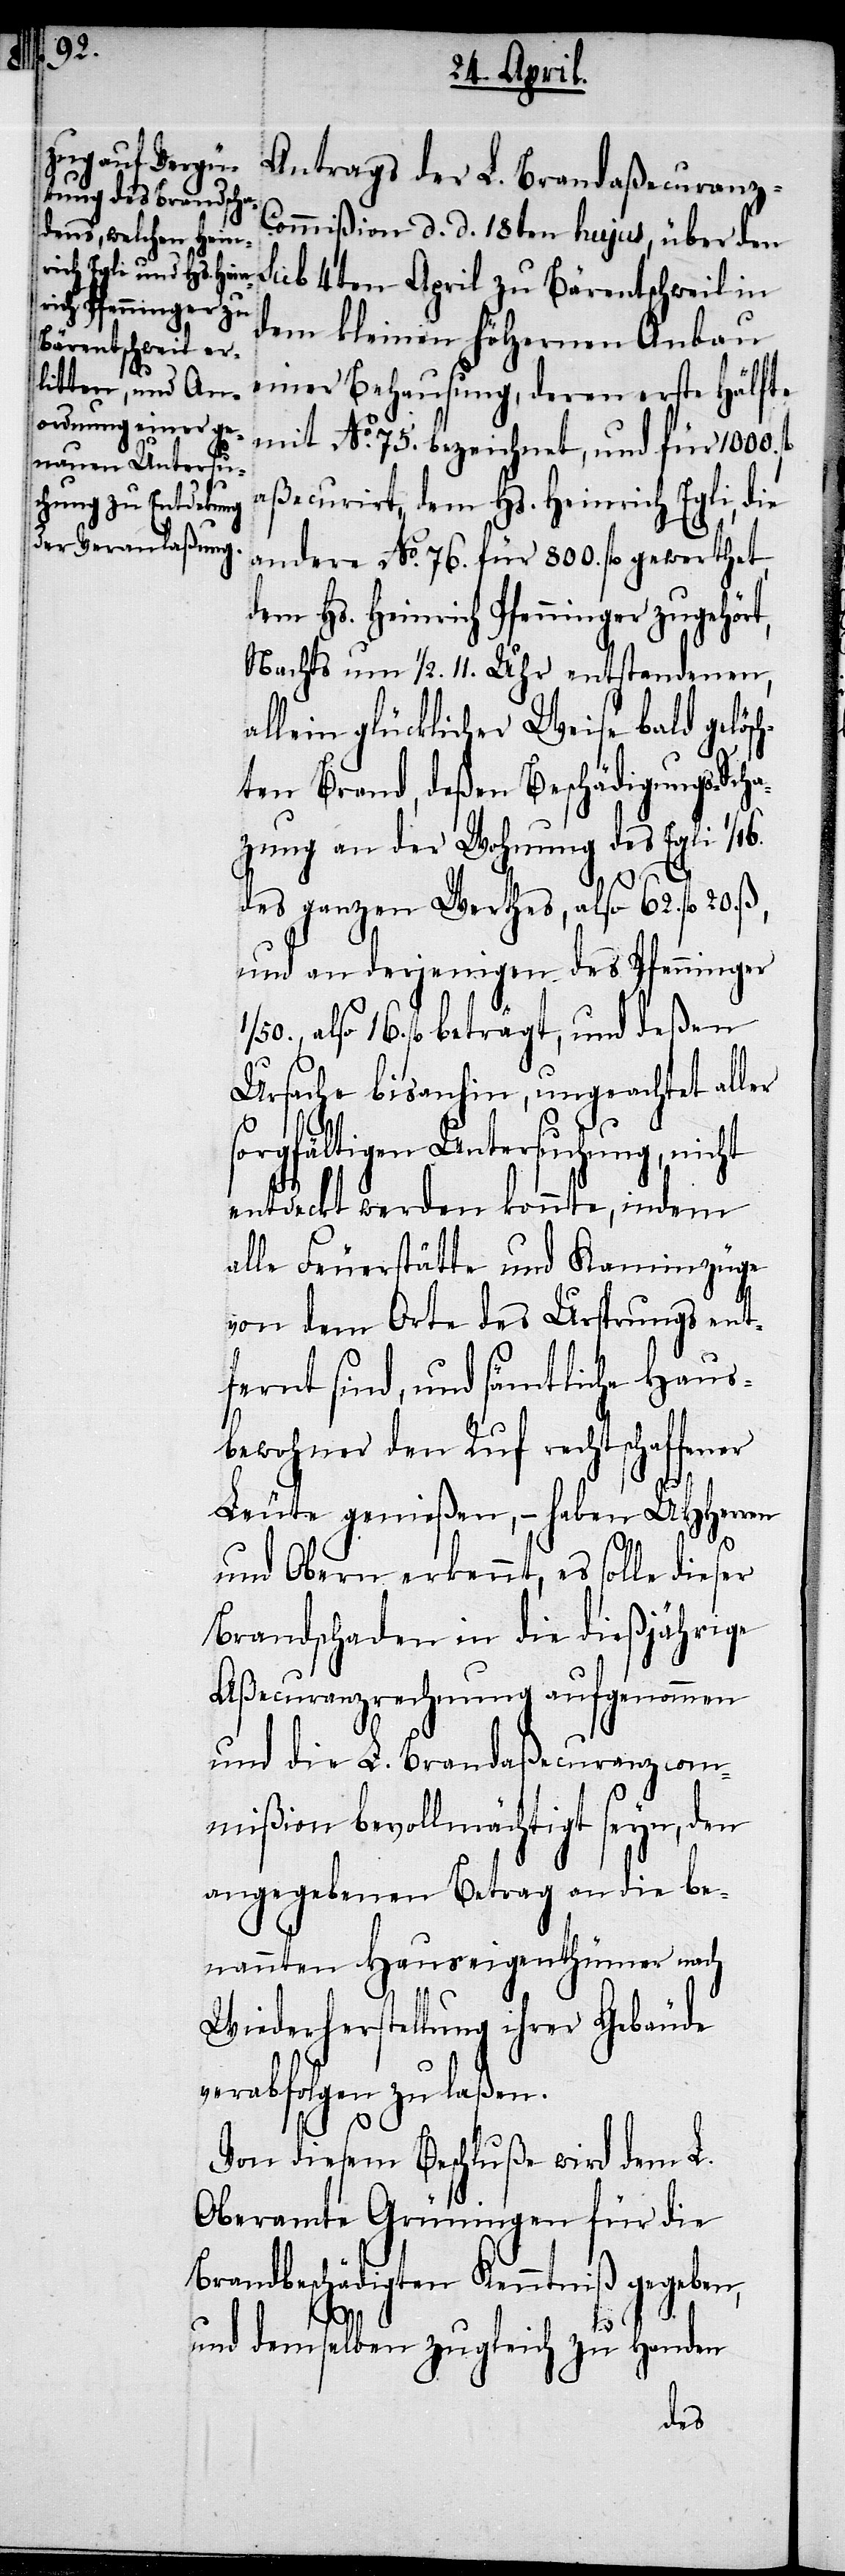
Antrags der L. Brandaßecuranz-C¬
ommißion d. d. 18ten hujus, über den
sub 4ten April zu Bärentschweil in
dem kleinen hölzernen Anbau
einer Behausung, deren erste Hälfte
mit No. 75. bezeichnet, und für 1000.
aßecurirt, dem Hs. Heinrich Egli, die
andere No. 76. für 800 fl. gewerthet,
dem Hs. Heinrich Pfenninger zugehört,
Nachts um 1/2. 11. Uhr entstandenen,
allein glücklicher Weise bald gelösc¬
hten Brand, deßen Beschädigungs-Scha¬
zung an der Wohnung des Egli 1/16.
des ganzen Werthes, also 62. fl. 20 ß.,
und an derjenigen des Pfenninger
16. fl. beträgt, und deßen
Ursache bisanhin, ungeachtet aller
s¬
orgfältigen Untersuchung, nicht
entdeckt werden konnte, indem
alle Feuerstätte und Kaminzüge
von dem Orte des Ursprungs ent¬
fernt sind, und sämtliche Haus¬
bewohner den Ruf rechtschaffener
Leute genießen, – haben UHHerren
und Obern erkennt, es solle dieser
Brandschaden in die dießjährige
Aßecuranzrechnung aufgenommen
und die L. Brandaßecuranzcom¬
mißion bevollmächtigt seyn, den
angegebenen Betrag an die be¬
nannten Hauseigenthümer nach
Wiederherstellung ihrer Gebäude
verabfolgen zu laßen.
Von diesem Beschluße wird dem L.
Oberamte Grüningen für die
Brandbeschädigten Kenntniß gegeben,
und demselben zugleich zu Handen